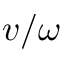
v / \omega